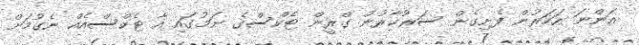
އަންނަ އަހަރުން ފެށިގެން ސަރުކާރުން ގްރީން ޓެކްސްގެ ނަމުގައި އާ ޓެކްސްއެއް ނެގުމަށް